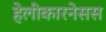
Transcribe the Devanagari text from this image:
हेलीकारनेसस